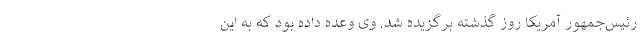
رئیس‌جمهور آمریکا روز گذشته برگزیده شد. وی وعده داده بود که به این